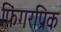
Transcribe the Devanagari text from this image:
फिंगरप्रिक